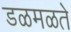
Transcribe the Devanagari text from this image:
डळमळते